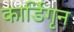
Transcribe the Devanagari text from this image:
कार्डिगृन